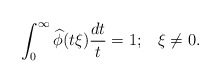
\begin{align*}\int_0^\infty \widehat{\phi}(t\xi)\frac{dt}{t}=1;\;\;\; \xi\neq 0.\end{align*}